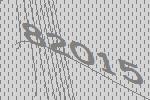
82015